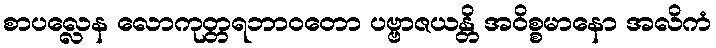
စာပလ္လေန လောကုတ္တရဘာဝတော ပဗ္ဗာဇယန္တိ အဝိစ္စမာနော အလိကံ